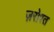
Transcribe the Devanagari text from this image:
ज़रोरत